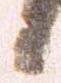
候